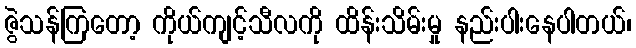
ဇွဲသန်ကြတော့ ကိုယ်ကျင့်သီလကို ထိန်းသိမ်းမှု နည်းပါးနေပါတယ်၊